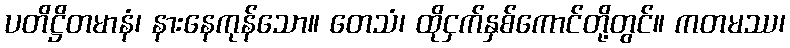
ပတိဋ္ဌိတမာနံ၊ နားနေကုန်သော။ တေသံ၊ ထိုငှက်နှစ်ကောင်တို့တွင်။ ကတမဿ၊